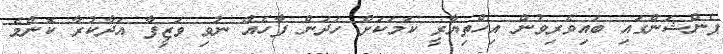
ޕެންޝަންގައި ބައިވެރިވުން އިހްތިޔާރީ ކަމަކަށް ހަދަން ފާހެއް ނުވި ވަޒީފާ އަދާކުރާ ކޮންމެ